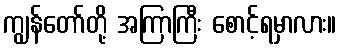
ကျွန်တော်တို့ အကြာကြီး စောင့်ရမှာလား။